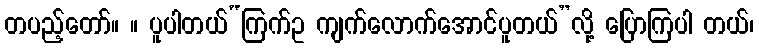
တပည့်တော်။ ။ ပူပါတယ်“ကြက်ဥ ကျက်လောက်အောင်ပူတယ်”လို့ ပြောကြပါ တယ်၊